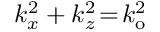
k _ { x } ^ { 2 } + k _ { z } ^ { 2 } \! = \! k _ { \mathrm { o } } ^ { 2 }